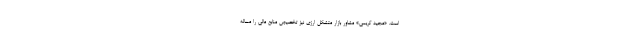
است. «مجید کریمی» مشاور بازار متشکل ارزی نیز تخصیص منابع مالی را مساله